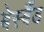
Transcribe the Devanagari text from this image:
बेस्बैंड